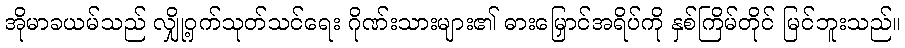
အိုမာခယမ်သည် လျှို့ဝှက်သုတ်သင်ရေး ဂိုဏ်းသားများ၏ ဓားမြှောင်အရိပ်ကို နှစ်ကြိမ်တိုင် မြင်ဘူးသည်။